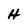
Character: H